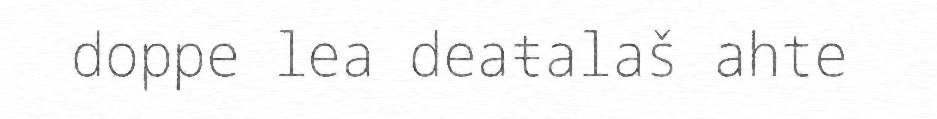
doppe lea deaŧalaš ahte